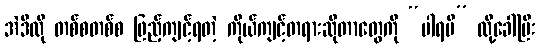
အဲဒီလို တစ်စတစ်စ ဖြည့်ကျင့်ရတဲ့ ကိုယ်ကျင့်တရားဆိုတာတွေကို “ပါရမီ” လို့ခေါ်ပြီး